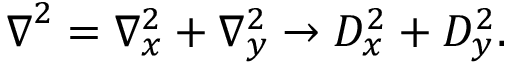
\boldsymbol { \nabla } ^ { 2 } = \nabla _ { x } ^ { 2 } + \nabla _ { y } ^ { 2 } \rightarrow D _ { x } ^ { 2 } + D _ { y } ^ { 2 } .